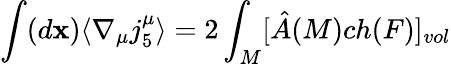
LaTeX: \int(d\mathbf{x})\langle\nabla_{\mu}j_{5}^{\mu}\rangle=2\int_{M}[\hat{{A}}(M)ch(F)]_{vol}